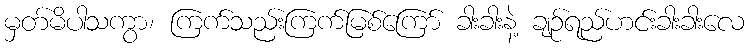
မှတ်မိပါသကွာ၊ ကြက်သည်းကြက်မြစ်ကြော် ခါးခါးနဲ့ ချဉ်ရည်ဟင်းခါးခါးလေ